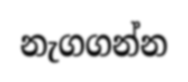
නැගගන්න